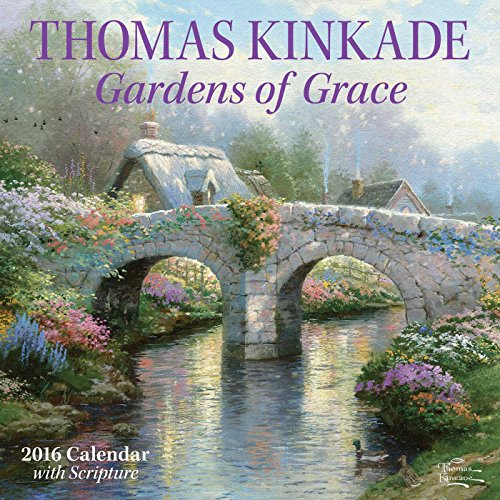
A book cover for Thomas Kinkade Gardens of Grace 2016 Wall Calendar; Thomas Kinkade; Calendars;